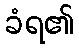
ခံရ၏